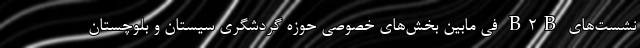
نشست‌های B2B فی مابین بخش‌های خصوصی حوزه گردشگری سیستان و بلوچستان